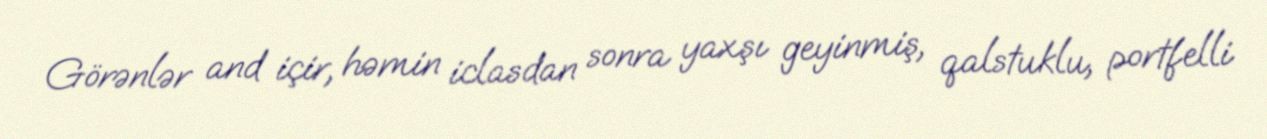
Görənlər and içir, həmin iclasdan sonra yaxşı geyinmiş, qalstuklu, portfelli